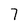
Character: 7